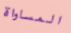
المساواة